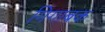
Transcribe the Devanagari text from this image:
गिगाबक